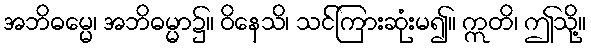
အဘိဓမ္မေ၊ အဘိဓမ္မာ၌။ ဝိနေသိ၊ သင်ကြားဆုံးမ၍။ ဣတိ၊ ဤသို့။